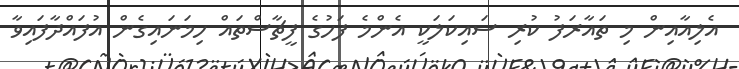
އެލިއާއިން މި ތައާރަފު ކުރި ސައިކަލަކީ އެންމެ ފަހުގެ ފީޗާސްތައް ހިމަނައިގެން އުފައްދާފައިވާ